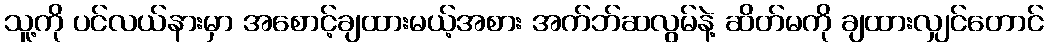
သူ့ကို ပင်လယ်နားမှာ အစောင့်ချထားမယ့်အစား အက်ဘ်ဆလွမ်နဲ့ ဆိတ်မကို ချထားလျှင်တောင်